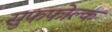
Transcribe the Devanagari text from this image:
सुफफोल्क